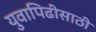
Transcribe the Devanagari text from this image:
युवापिढीसाठी